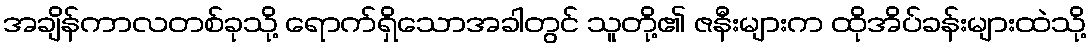
အချိန်ကာလတစ်ခုသို့ ရောက်ရှိသောအခါတွင် သူတို့၏ ဇနီးများက ထိုအိပ်ခန်းများထဲသို့